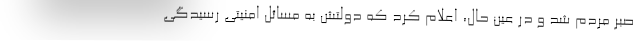
صبر مردم شد و در عین حال، اعلام کرد که دولتش به مسائل امنیتی رسیدگی